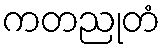
ကတညုတံ